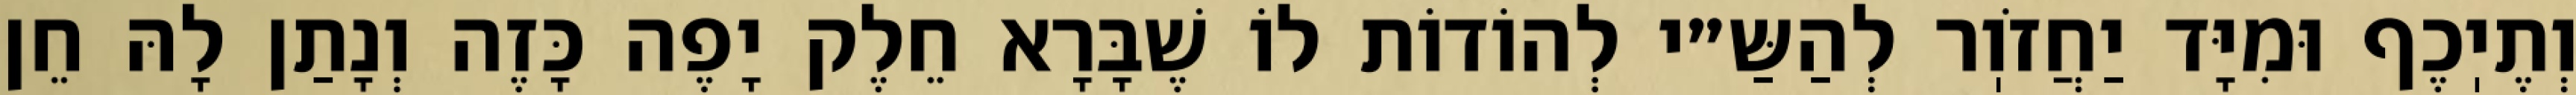
וְתֶיֽכֶף וּמִיָּד יַחֲזֹוֽר לְהַשַּ״י לְהוֹדוֹת לוֹ שֶׁבָּרָא חֵלֶק יָפֶה כָּזֶה וְנָתַן לָהּ חֵן